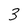
Character: 3